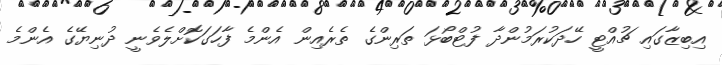
އިބިޒާގައި ޗުއްޓީ ހޭދަކުރަމުންދާ ފުޓްބޯޅަ ތަރިންގެ ތެރެއިން އެންމެ ފާހަގަކޮށްލެވެނީ ދުނިޔޭގެ އެންމެ